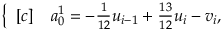
\begin{array} { r } { \left\{ \begin{array} { r l } { [ c ] } & { { } a _ { 0 } ^ { 1 } = - \frac { 1 } { 1 2 } u _ { i - 1 } + \frac { 1 3 } { 1 2 } u _ { i } - v _ { i } , } \end{array} \right. } \end{array}